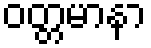
ဝတ္တမာနာ